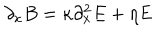
LaTeX: \partial _ { x } B = \kappa \partial _ { x } ^ { 2 } E + \eta E